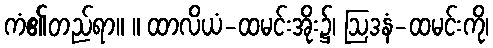
ကံ၏တည်ရာ။ ။ ထာလိယံ-ထမင်းအိုး၌၊ ဩဒနံ-ထမင်းကို၊